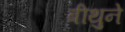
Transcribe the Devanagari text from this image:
बीथुने